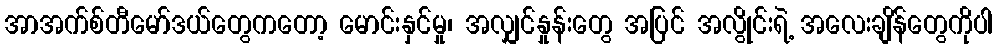
အာအက်စ်တီမော်ဒယ်တွေကတော့ မောင်းနှင်မှု၊ အလျှင်နှုန်းတွေ အပြင် အလွိုင်းရဲ့ အလေးချိန်တွေကိုပါ